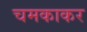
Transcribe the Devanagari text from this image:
चमकाकर